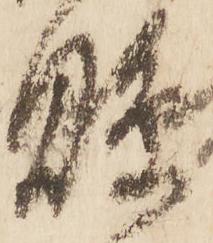
縣